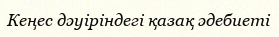
Кеңес дәуіріндегі қазақ әдебиеті